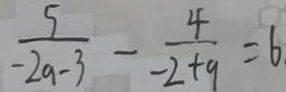
\frac { 5 } { - 2 a - 3 } - \frac { 4 } { - 2 + 9 } = 6 \cdot